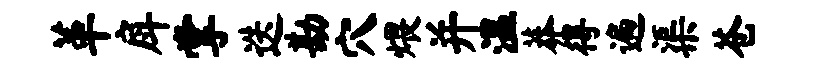
革戽掌迭勘穴煨并温莽得遍渠苍